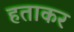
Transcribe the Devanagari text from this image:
हताकर